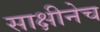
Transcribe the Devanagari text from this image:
साक्षीनेच